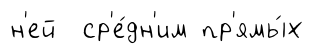
н'ей ср'е́дн'им пр'ямы́х